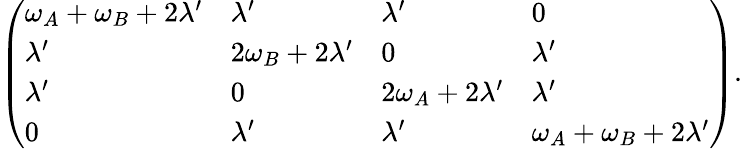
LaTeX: \left(\begin{array}{llll}{\omega_{A}+\omega_{B}+2\lambda^{\prime}}&{\lambda^{\prime}}&{\lambda^{\prime}}&{0}\\ {\lambda^{\prime}}&{2\omega_{B}+2\lambda^{\prime}}&{0}&{\lambda^{\prime}}\\ {\lambda^{\prime}}&{0}&{2\omega_{A}+2\lambda^{\prime}}&{\lambda^{\prime}}\\ {0}&{\lambda^{\prime}}&{\lambda^{\prime}}&{\omega_{A}+\omega_{B}+2\lambda^{\prime}}\end{array}\right).